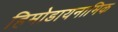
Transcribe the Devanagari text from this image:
हिमोडायनामिक